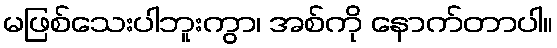
မဖြစ်သေးပါဘူးကွာ၊ အစ်ကို နောက်တာပါ။